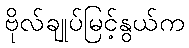
ဗိုလ်ချုပ်မြင့်နွယ်က